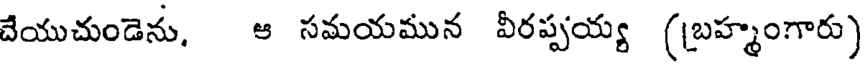
చేయుచుండెను, ఆ సమయమున వీరప్పయ్య (బ్రహ్మంగారు)